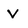
Character: v